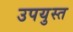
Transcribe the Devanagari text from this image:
उपयुस्त